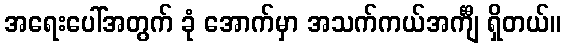
အရေးပေါ်အတွက် ခုံ အောက်မှာ အသက်ကယ်အင်္ကျီ ရှိတယ်။